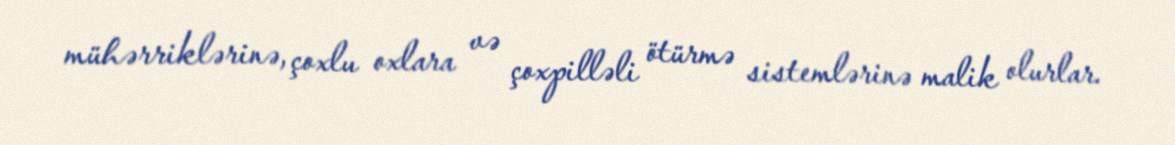
mühərriklərinə, çoxlu oxlara və çoxpilləli ötürmə sistemlərinə malik olurlar.